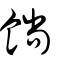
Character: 𩜋